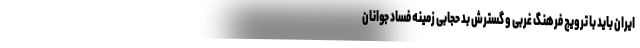
ایران باید با ترویج فرهنگ غربی و گسترش بد حجابی زمینه فساد جوانان